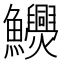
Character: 𩽬